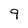
Character: 9